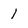
Character: l